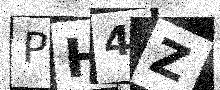
Text: PH4Z